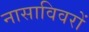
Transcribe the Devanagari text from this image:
नासाविवरों